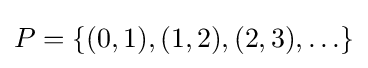
P={\left\{(0,1),(1,2),(2,3),\ldots \right\}}